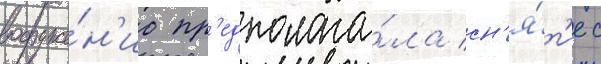
вооруже́н'ие пр'едполага́ла сн'я́т'ие с